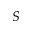
S